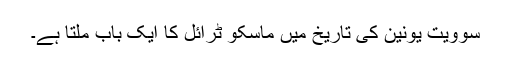
سوویت یونین کی تاریخ میں ماسکو ٹرائل کا ایک باب ملتا ہے۔